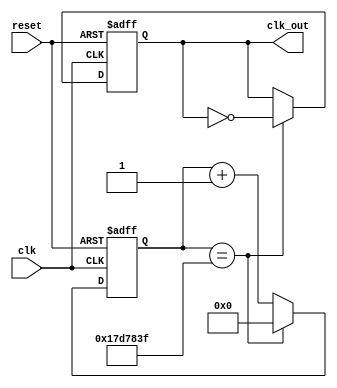
`define FRQ 26'd2499_9999
`define FRQBIT 26

module count100M(reset, clk, clk_out);
    input reset, clk;
    output clk_out;
    reg [`FRQBIT - 1:0] q, q_tem;
    reg f_tem, clk_out;
    
    // Combination
    always @*
        if (q == `FRQ)  q_tem = `FRQBIT'd0;
        else q_tem = q + 1'b1;
    always @*
        if (q == `FRQ)  f_tem = ~clk_out;
        else    f_tem = clk_out;
    // Sequential 
    always @(posedge clk or negedge reset)
        if (~reset) q <= `FRQBIT'd0;
        else    q <= q_tem;
    always @(posedge clk or negedge reset)
        if (~reset) clk_out <= 1'b0;
        else clk_out <= f_tem;
endmodule